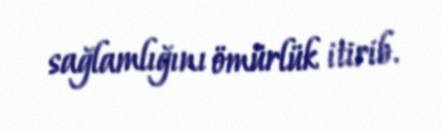
sağlamlığını ömürlük itirib.